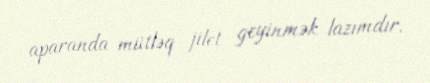
aparanda mütləq jilet geyinmək lazımdır.